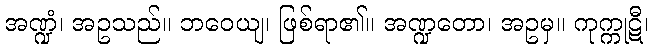
အဏ္ဍံ၊ အဥသည်။ ဘဝေယျ၊ ဖြစ်ရာ၏။ အဏ္ဍတော၊ အဥမှ။ ကုက္ကုဋီ၊